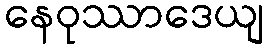
နေဝုဿာဒေယျ